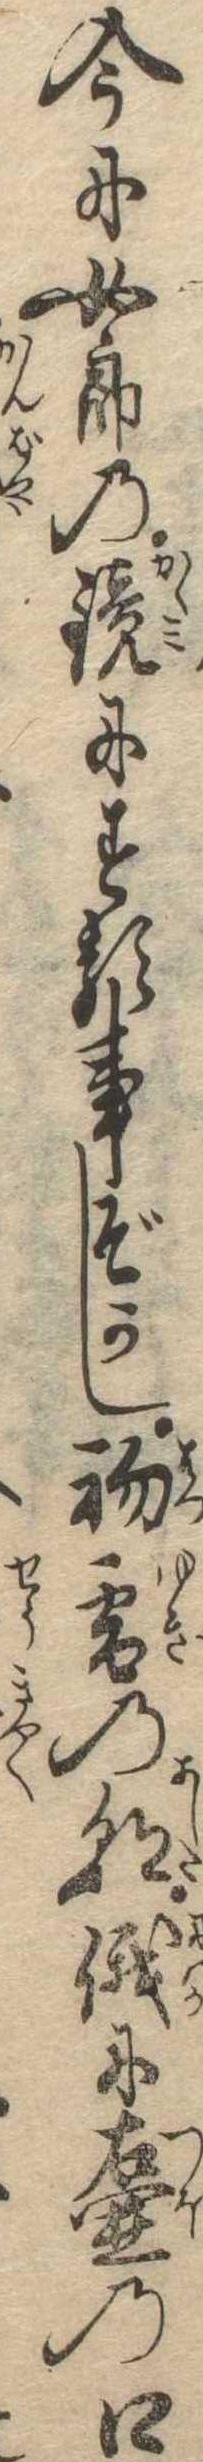
今に女郎の鏡にする事ぞかし初雪の朝俄に壷の口